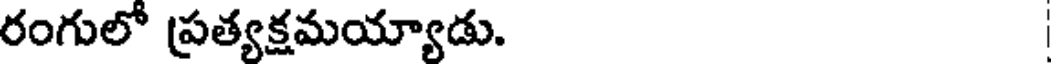
రంగులో ప్రత్యక్షమయ్యాడు.